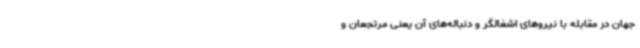
جهان در مقابله با نیروهای اشغالگر و دنباله‌های آن یعنی مرتجعان و